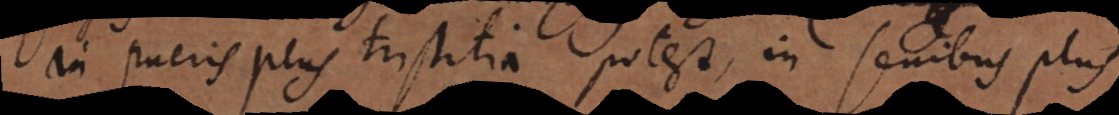
In pueris plus tristitia potest, in senibus plus